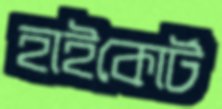
হাইকোর্ট